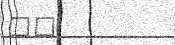
١٣